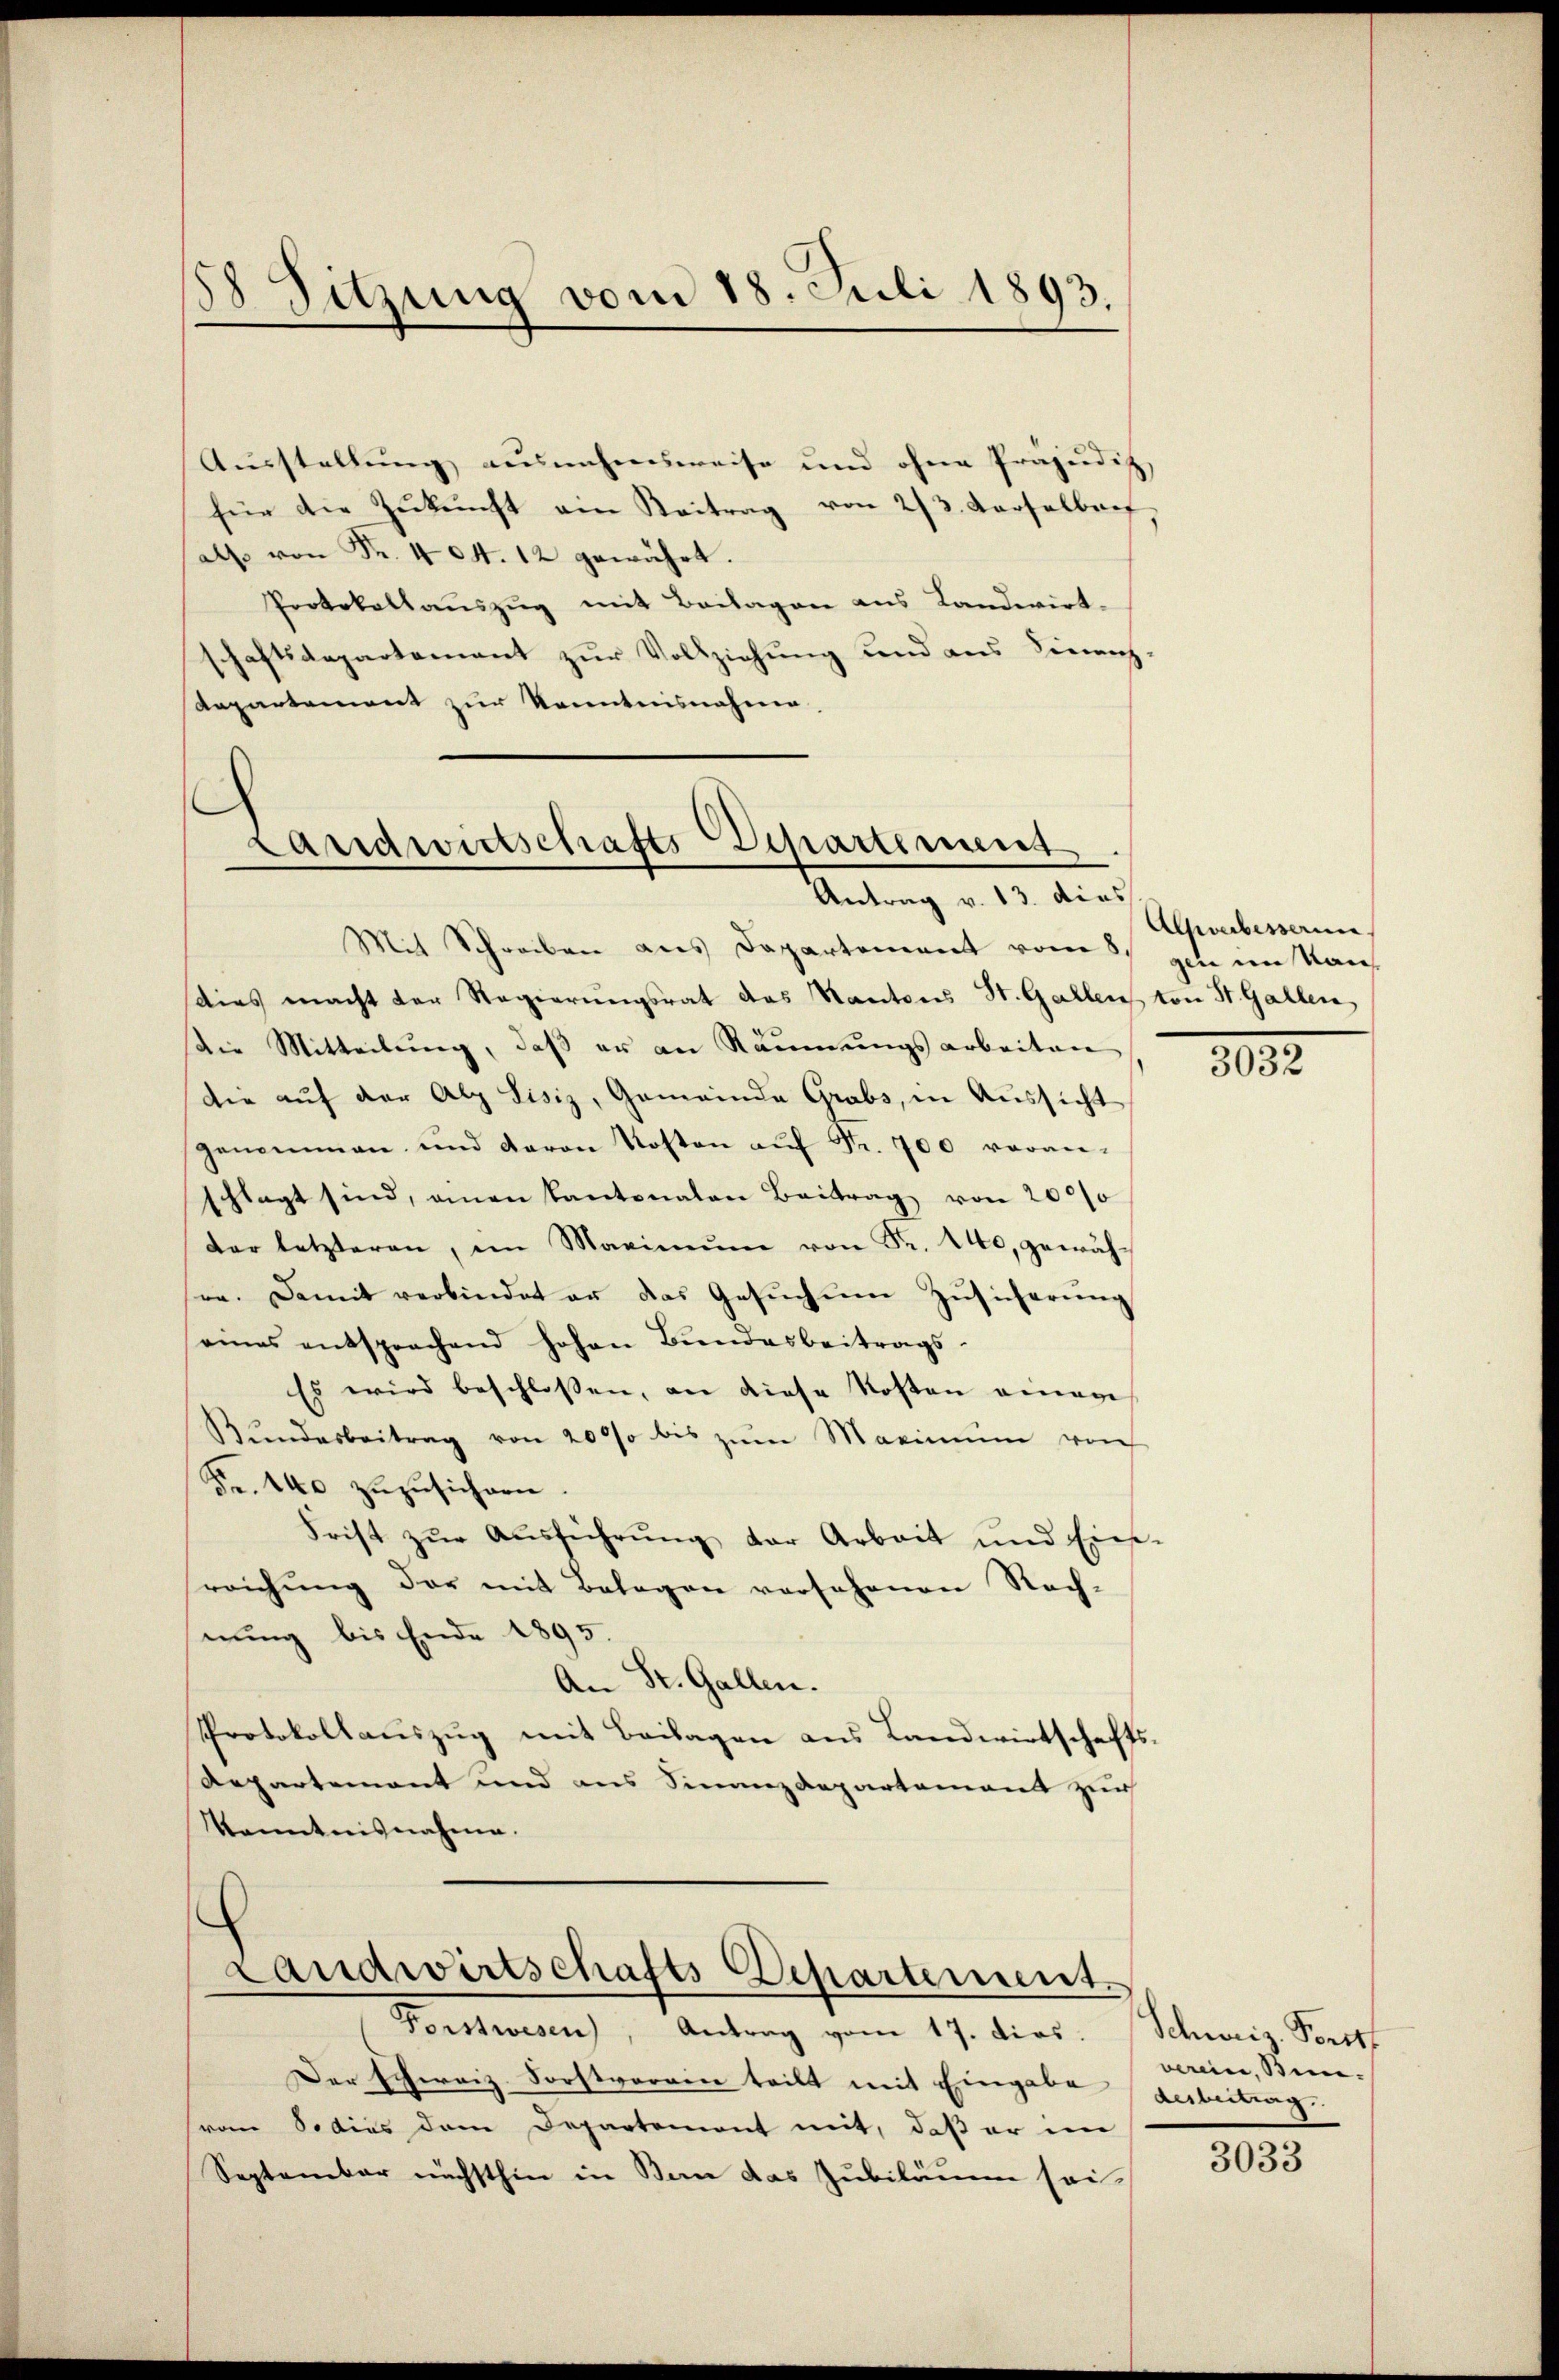
38 Sitzung vom 18. Juli 1893.

Ausstellung ausnahmsweise und ohne Präjudiz
für die Zukunft ein Beitrag von 2/3. Karselber,
als von Fr. 404. 12 gewährt.
Protokollauszug mit Beilagen aus Landwirt-
schaftsdepartement zur Vollziehung und aus Finanz-
Repartement zur Kenntnisnahme,

Landwirtschafts-Departement
Antrag v. 13. dies

Mit Schreiben aus Departement vom 5. von im Kan
sties macht der Regierŭngsrat das Kantons St. Gallens von St. Gallen
die Mitteilung, daß er an Räumungsarbeiten
die aŭf der Alp Lisiz, Gemeinde Grabs, in Aŭssicht
genommen und davon Kosten aŭf Fr. 700 voran-
schlagt sind, einen Kantonalen Beitrag von 2000
der letzteren, im Maximŭm von Fr. 140, gewähsee. Damit verbindet er das Gesŭchŭm Zŭsicherŭng
eines entsprechend hohen Bundesbeitrags-
Es wird beschlossen, an diese Kosten einen
Bŭndesbeitrag von 2000 bis zŭm Maximŭm von
Fr. 440 zŭzŭsichern.
Frist zŭr Aŭsführŭng der Arbeit und Ein-
reichŭng der mit Belagen versehenen Nach-
nung bis Ende 1895.
An St. Gallen.
Protokollauszug mit Beilagen aus Landwirtschafts-
Aepartement und aus Finanzdepartement zur
Kenntnisnahme.

Landwirtschafts Departement

Der Echoriz Forstverren teilt mit Eingabe
vom Sodius dem Departement mit, daß er im
September nächsthin in San das Jubiläum sei-

Forstwesen), Antrag vom 17. dies. (Schweiz. Porst

Alsverbesserne

3032

verin, Bin¬
Anbetrag.

3033